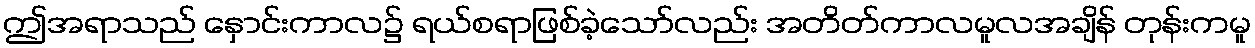
ဤအရာသည် နှောင်းကာလ၌ ရယ်စရာဖြစ်ခဲ့သော်လည်း အတိတ်ကာလမူလအချိန် တုန်းကမူ